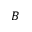
B